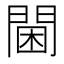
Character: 閫